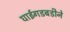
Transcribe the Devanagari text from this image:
घाईगडबडीने